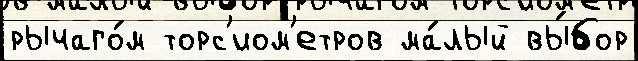
рычаго́м торс'иом'етров ма́лый вы́бор